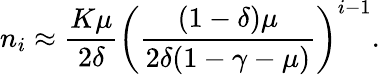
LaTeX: n_{i}\approx\frac{K\mu}{2\delta}\left(\frac{(1-\delta)\mu}{2\delta(1-\gamma-\mu)}\right)^{i-1}.